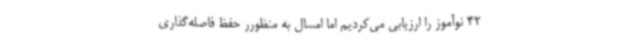
42 نوآموز را ارزیابی می‌کردیم اما امسال به منظورر حفظ فاصله‌گذاری